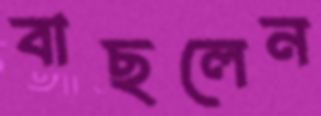
বাছলেন